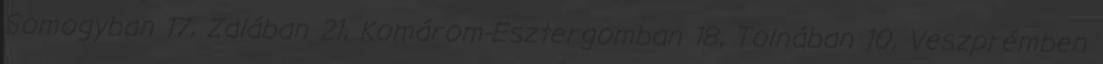
Somogyban 17, Zalában 21, Komárom-Esztergomban 18, Tolnában 10, Veszprémben